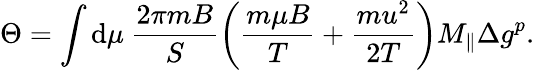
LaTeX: \Theta=\int\mathrm{d}\mu\: \frac{2\pi mB}{S}\left(\frac{m\mu B}{T}+\frac{mu^{2}}{2T}\right)M_{\parallel}\Delta g^{p}.